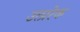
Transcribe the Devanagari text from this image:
उत्प्ररेक